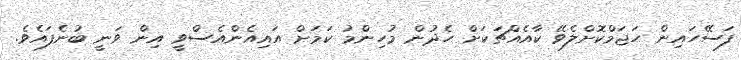
ފަސޭހައިން ހަޖަމްކޮށްލެވޭ ކާއެއްޗަކަށް ހެދުން މުހިންމު ކަމަށް އައިއެންއެސްވީ އިން ވަނީ ބުނެފައެވެ.